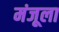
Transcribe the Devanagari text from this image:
मंजूला